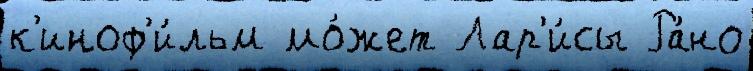
к'иноф'и́льм мо́жет Лар'и́сы Ра́но